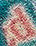
d